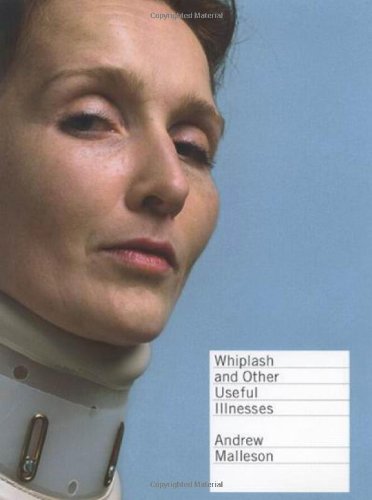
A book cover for Whiplash and Other Useful Illnesses; Andrew Malleson; Law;